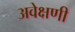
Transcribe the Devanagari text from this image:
अवेक्षणी